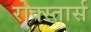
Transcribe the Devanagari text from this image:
रोक्स्तार्स